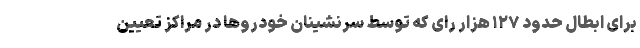
برای ابطال حدود ۱۲۷ هزار رای که توسط سرنشینان خودروها در مراکز تعیین